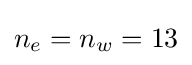
n_{e}=n_{w}=13